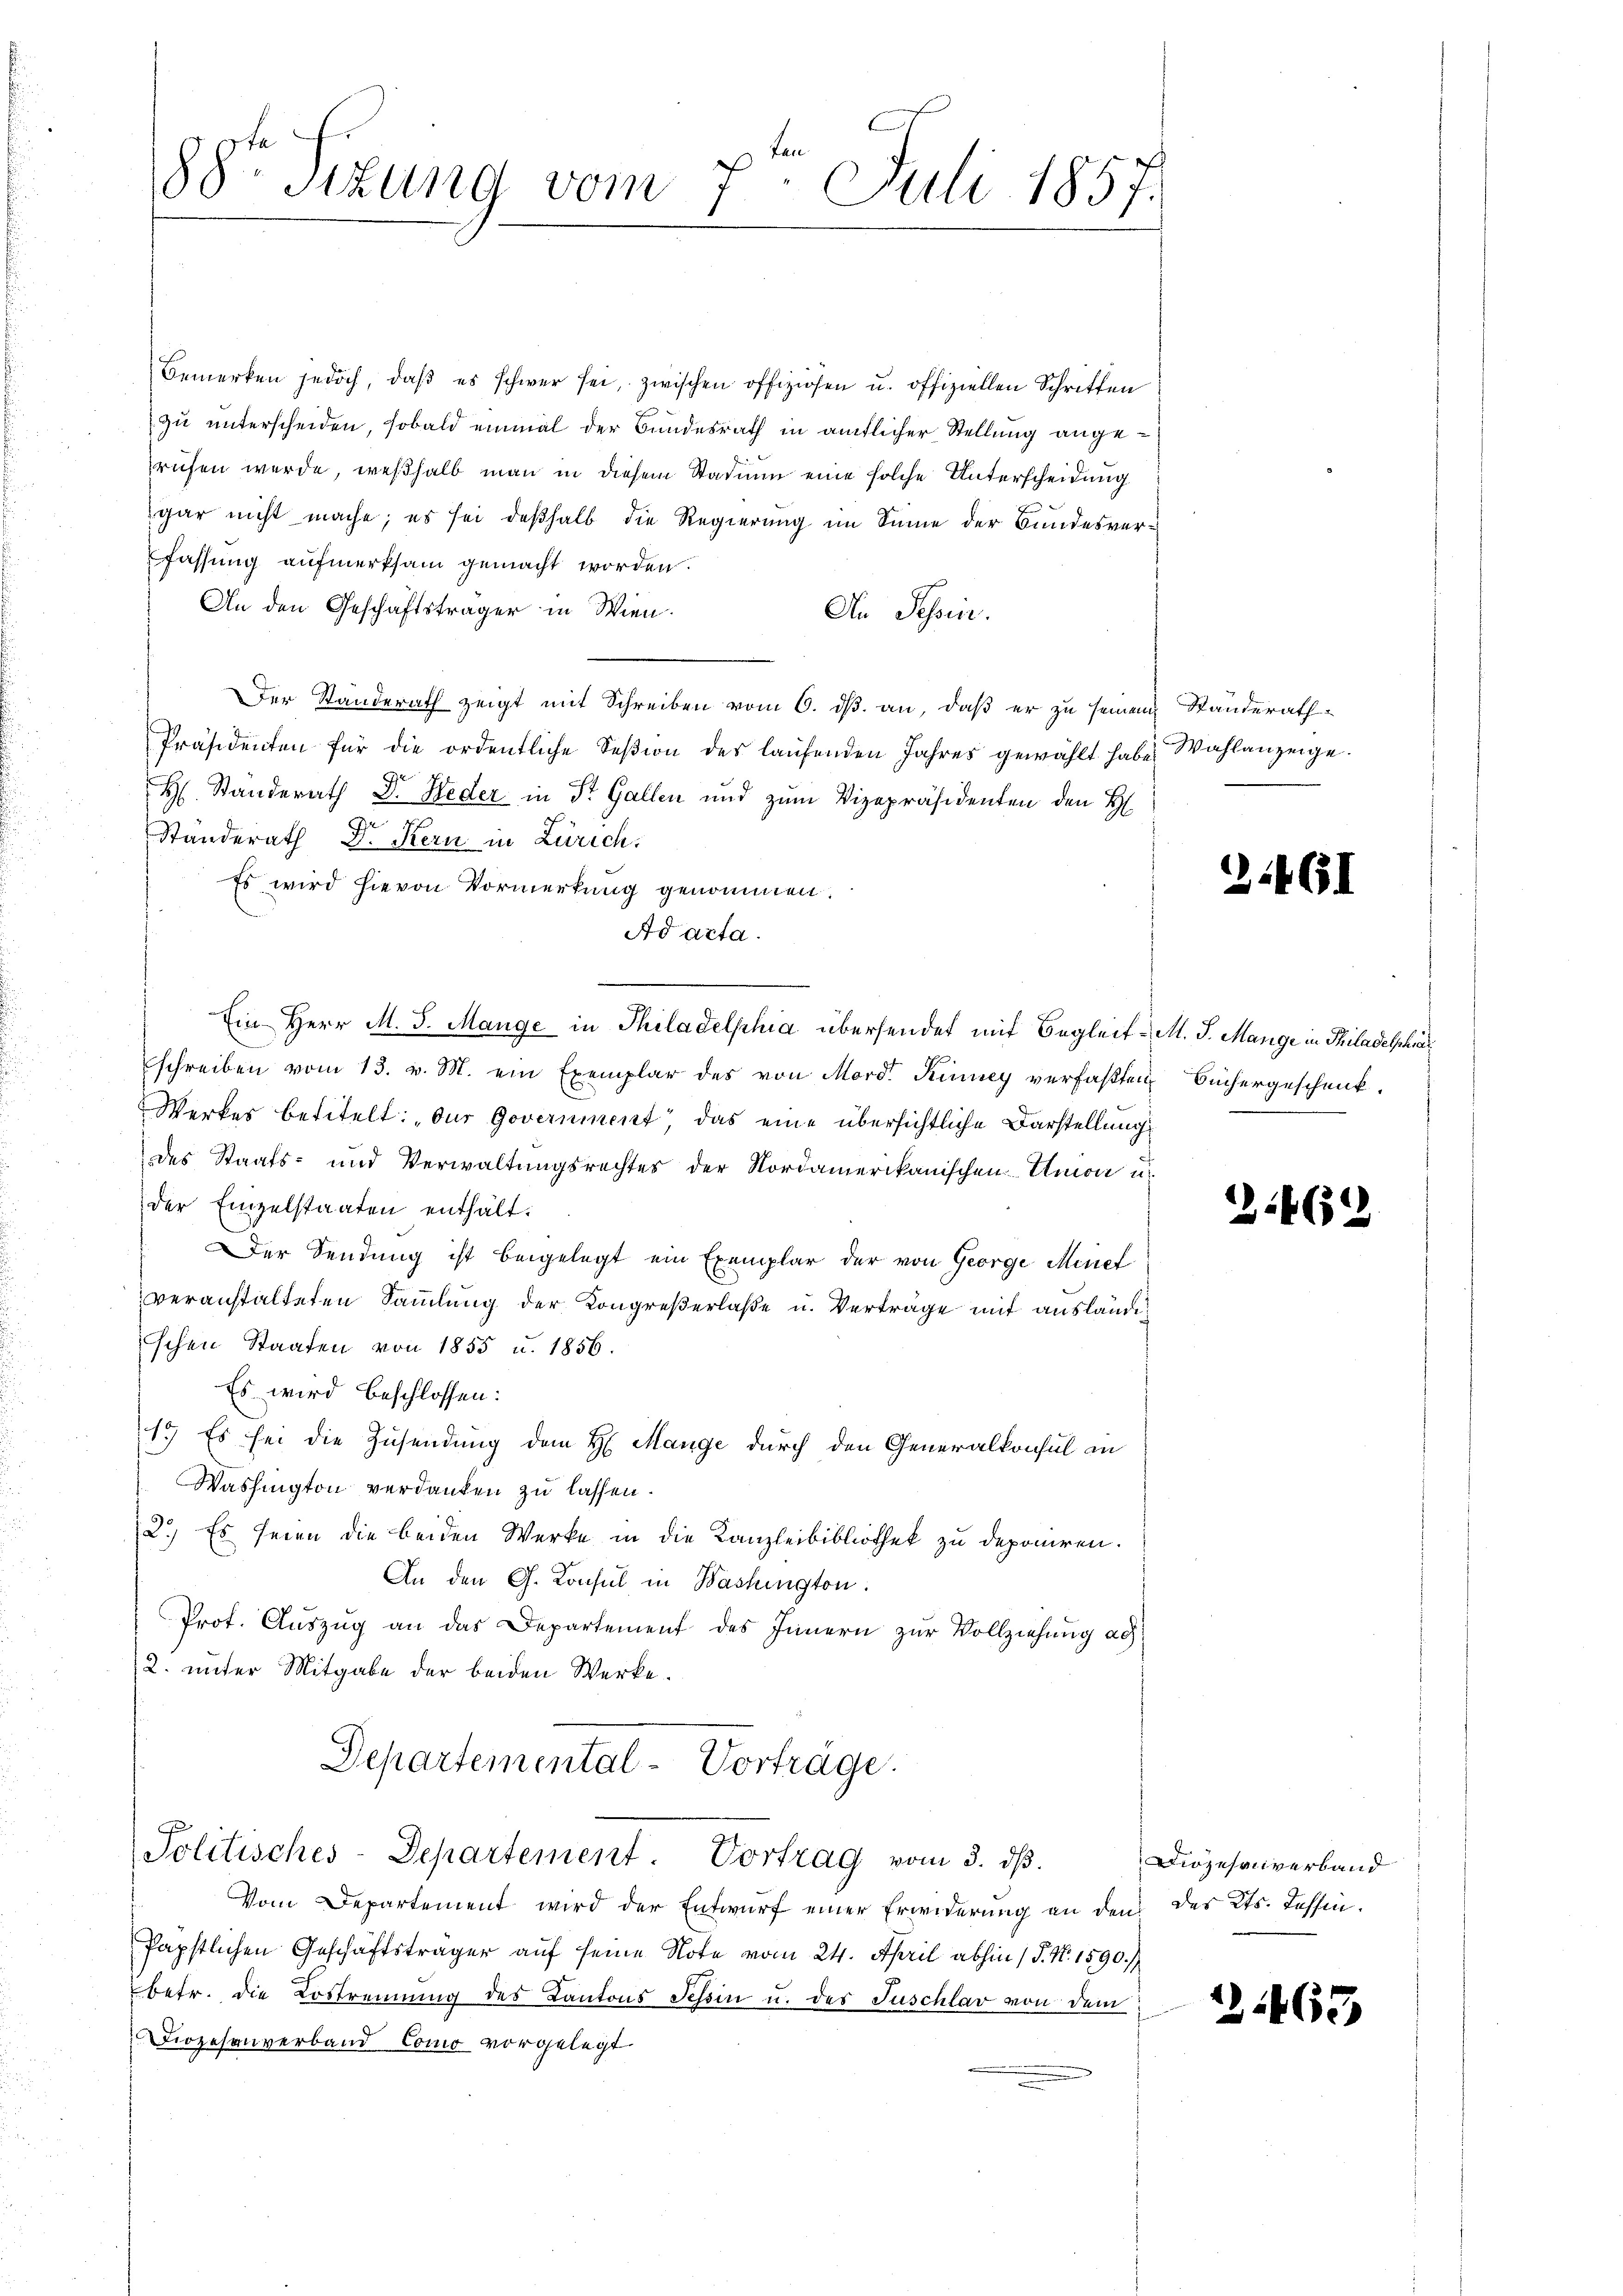
Bemerken jedoch, daβ es schwer sei, zwischen offiziösen u. offiziellen Schriften
zu unterscheiden, sobald einmal der Bundesrath in amtlicher Stellung angerufen werde, weßhalb man in diesem Stadium eine solche Unterscheidung
gar nicht mache; es sei deßhalb die Regierung im Sinne der Bundesverfassung aufmerksam gemacht worden.
An den Geschäftsträger in Wien.
An Tessin.
Der Standerath zeigt mit Schreiben vom 6. ds. an, daß er zu seinem Standerath¬
Präsidenten für die ordentliche Seβion des laŭfenden Jahres gewählt habe. Wahlanzeige.
H. Standerath Dr. Heder in St. Gallen und zum Vizepräsidenten den H
Standerath Dr. Kern in Zürich.
Es wird hievon Vormerkung genommen.
Ad acta.
Ein Herr M. J. Mange in Philadelphia übersendet mit Begleit-M. J. Mange in Philadelschrä
schreiben vom 13. v. M. ein Exemplar des von Mord Rinney verfaßten Büchergeschenk
Werkes betitelt: „Der Government das eine übersichtliche Darstellung
des Staats- und Verwaltungsrechtes der Nordamerikanischen Amon u.
der Einzelstaaten enthält.
Der Sendung ist beigelegt ein Exemplar der von George Minef
veranstalteten Sammlung der Kongreßerlaße u. Verträge mit auslandschen Staaten von 1855 u. 1856.
Es wird beschlossen:
1.) Es sei die Zusendung dem H. Mange durch den Generalkonsul in
Washington verdanken zu lassen.
2.) Es seien die beiden Werke in die Kanzleibibliothek zu deponiren.
An den G. Konsul in Bastungton.
Prot. Auszug an das Departement des Innern zur Vollziehung ad
2. unter Mitgabe der beiden Werke.
Departemental-Vorträge.
Politisches-Departement. Vortrag vom 3. dβ.
Vom Departement wird der Entwurf einer Erwiderung an den des Kts. Tessin¬
Papstlichen Geschäftsträger auf seine Note vom 24. April abhin (S. Nr. 1590.)
betr. die Lostrennung des Kantons Tessin u. des Juschlar von dem
Diözesenverband Como vorgelegt.

88te Sizung vom 7. Juli 1857.

3.461

2

6

Diözesenverband

21463